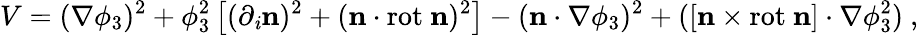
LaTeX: V=(\nabla\phi_{3})^{2}+\phi_{3}^{2}\left[(\partial_{\mathit{i}}{\mathbf{{n}}})^{2}+(\mathbf{{n}}\cdot\mathrm{{rot}}{\ \mathbf{{n}}})^{2}\right]-(\mathbf{{n}}\cdot\nabla\phi_{3})^{2}+([\mathbf{{n}}\times\mathrm{{rot\ }}\mathbf{{n}}]\cdot\nabla\phi_{3}^{2})~,